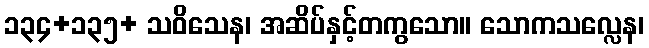
၁၃၄+၁၃၅+ သဝိသေန၊ အဆိပ်နှင့်တကွသော။ သောကသလ္လေန၊